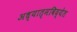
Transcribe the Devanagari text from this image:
अध्यात्मविद्येत